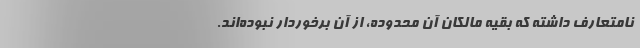
نامتعارف داشته که بقیه مالکان آن محدوده، از آن برخوردار نبوده‌اند.